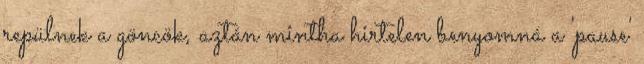
repülnek a göncök, aztán mintha hirtelen benyomná a 'pause'